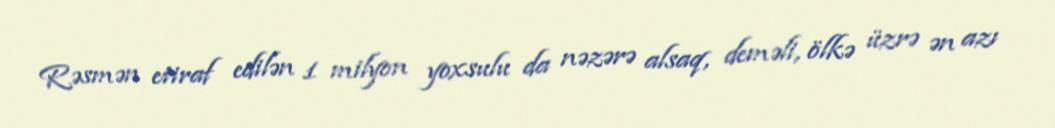
Rəsmən etiraf edilən 1 milyon yoxsulu da nəzərə alsaq, deməli, ölkə üzrə ən azı